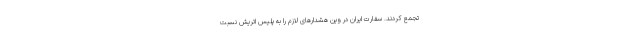
تجمع کردند. سفارت ایران در وین هشدارهای لازم را به پلیس اتریش نسبت